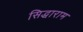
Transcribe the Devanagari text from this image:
सिद्धाराम